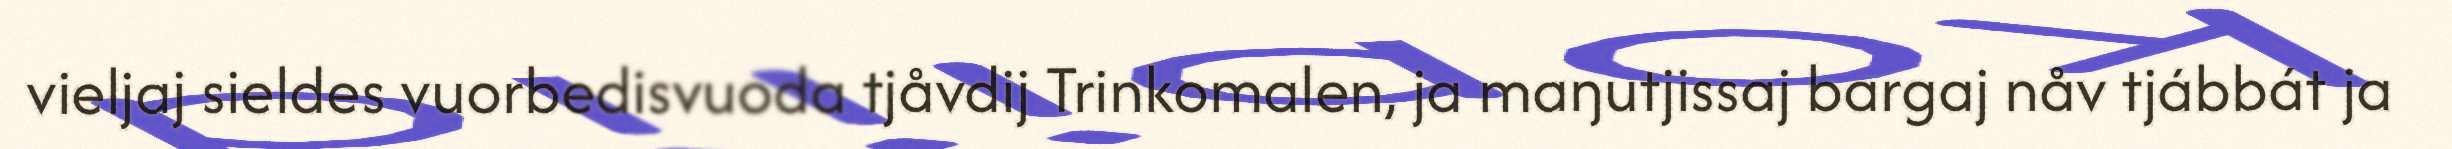
vieljaj sieldes vuorbedisvuoda tjåvdij Trinkomalen, ja maŋutjissaj bargaj nåv tjábbát ja